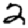
Digit: 2